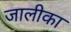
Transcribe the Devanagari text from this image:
जालीका